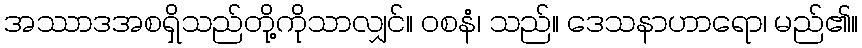
အဿာဒအစရှိသည်တို့ကိုသာလျှင်။ ဝစနံ၊ သည်။ ဒေသနာဟာရော၊ မည်၏။